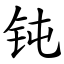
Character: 钝